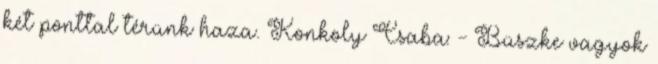
két ponttal térünk haza. Konkoly Csaba: - Büszke vagyok